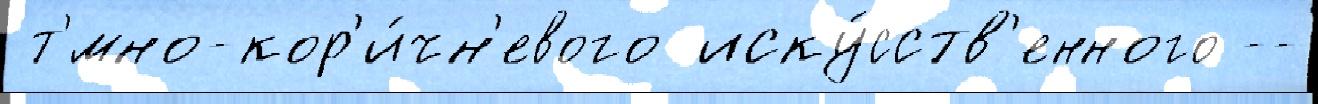
 т'́мно-кор'и́чн'евого иску́сств'енного --